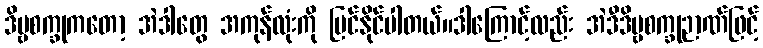
ဒိဗ္ဗစက္ခုကတော့ အဲဒါတွေ အကုန်လုံးကို မြင်နိုင်ပါတယ်။ဒါကြောင့်လည်း အဲဒီဒိဗ္ဗစက္ခုဉာဏ်ဖြင့်